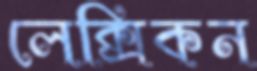
লেক্সিকন